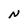
Character: N